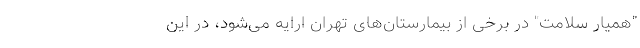
"همیار سلامت" در برخی از بیمارستان‌های تهران ارایه می‌شود، در این